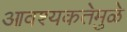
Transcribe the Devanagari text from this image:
आवश्यकतेमुळे